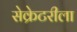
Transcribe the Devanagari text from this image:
सेक्रेटरीला